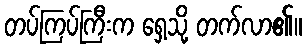
တပ်ကြပ်ကြီးက ရှေ့သို့ တက်လာ၏။